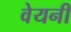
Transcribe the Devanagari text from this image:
वेयनी